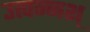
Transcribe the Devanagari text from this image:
उत्पन्नश्